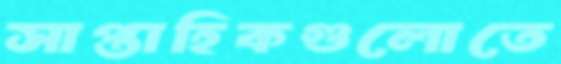
সাপ্তাহিকগুলোতে